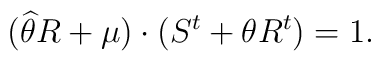
(\widehat{\theta }R+\mu )\cdot (S^{t}+\theta R^{t})=1.